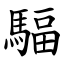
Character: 䮠